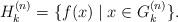
LaTeX: \begin{align*}H_k^{(n)} = \{ f(x) \mid x \in G_k^{(n)}\}. \end{align*}